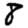
Digit: 8